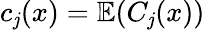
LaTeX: c_{\mathit{j}}(x)=\mathbb{{E}}(C_{\mathit{j}}(x))